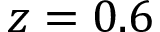
z = 0 . 6